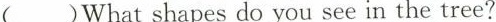
( )What shapes do you see in the tree?